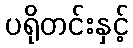
ပရိုတင်းနှင့်